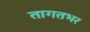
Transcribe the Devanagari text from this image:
तागतभर